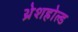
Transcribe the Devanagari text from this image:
थ्रेशहोल्ड